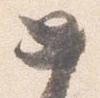
如